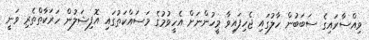
ވިއްސާރައިގެ ސަބަބުން ހާލުގައި ޖެހިފައިވާ މީހުންނަށް އެހީވުމުގެ މަސައްކަތުގައި އޮފިޝަލުން ހަރަކާތްތެރި ވަނީ